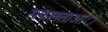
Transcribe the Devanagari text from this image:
सफलताआंे